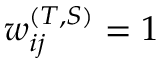
w _ { i j } ^ { ( T , S ) } = 1